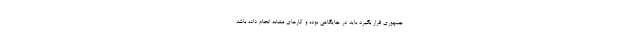
جمهوری قرار بگیرد باید در جایگاهی بوده و کارهای مشابه انجام داده باشد